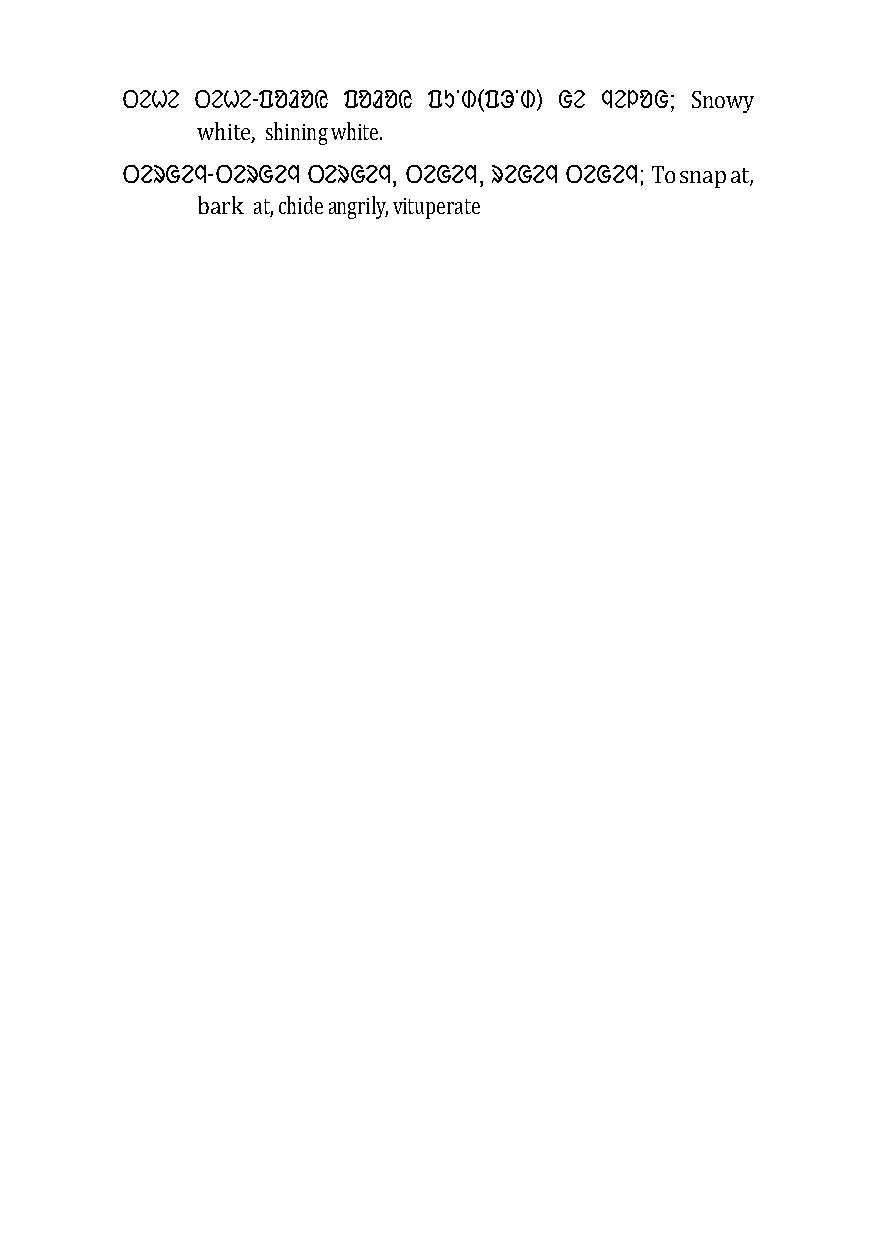
ᱛᱮᱦᱮ ᱛᱮᱦᱮ-ᱯᱚᱲᱚᱭ ᱯᱚᱲᱚᱭ ᱯᱩᱸᱰ(ᱯᱳᱸᱰ) ᱜᱮ ᱧᱮᱞᱚᱜ; Snowy
 white, shining white.
 ᱛᱮᱨᱜᱮᱧ-ᱛᱮᱨᱜᱮᱧ ᱛᱮᱨᱜᱮᱧ, ᱛᱮᱜᱮᱧ, ᱨᱮᱜᱮᱧ ᱛᱮᱜᱮᱧ; To snap at,
 bark at, chide angrily, vituperate